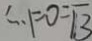
\therefore F O = \sqrt { 3 }